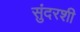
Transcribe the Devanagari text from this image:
सुंदरशी